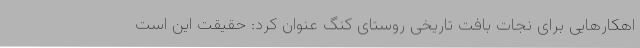
اهکارهایی برای نجات بافت تاریخی روستای کنگ عنوان کرد: حقیقت این است